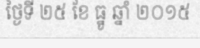
ថ្ងៃទី ២៥ ខែ ធ្នូ ឆ្នាំ ២០១៥